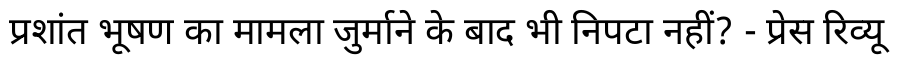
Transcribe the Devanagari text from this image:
प्रशांत भूषण का मामला जुर्माने के बाद भी निपटा नहीं? - प्रेस रिव्यू